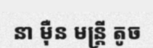
នា ម៉ឺន មន្ត្រី តូច